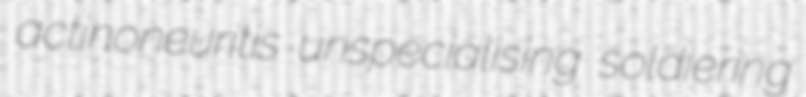
actinoneuritis unspecialising soldiering